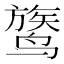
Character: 𬸦